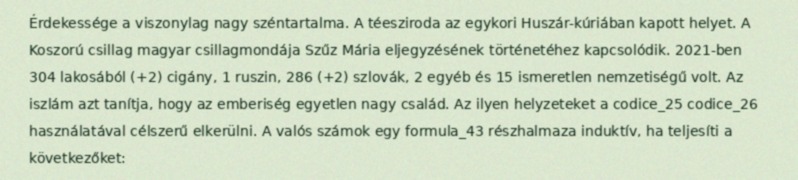
Érdekessége a viszonylag nagy széntartalma. A téesziroda az egykori Huszár-kúriában kapott helyet. A Koszorú csillag magyar csillagmondája Szűz Mária eljegyzésének történetéhez kapcsolódik. 2021-ben 304 lakosából (+2) cigány, 1 ruszin, 286 (+2) szlovák, 2 egyéb és 15 ismeretlen nemzetiségű volt. Az iszlám azt tanítja, hogy az emberiség egyetlen nagy család. Az ilyen helyzeteket a codice_25 codice_26 használatával célszerű elkerülni. A valós számok egy formula_43 részhalmaza induktív, ha teljesíti a következőket: